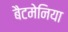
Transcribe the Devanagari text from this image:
बैटमेनिया